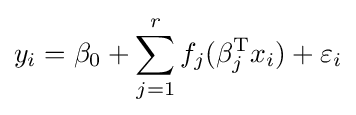
y_{i}=\beta _{0}+\sum _{j=1}^{r}f_{j}(\beta _{j}^{\mathrm {T} }x_{i})+\varepsilon _{i}